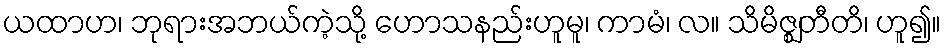
ယထာဟ၊ ဘုရားအဘယ်ကဲ့သို့ ဟောသနည်းဟူမူ၊ ကာမံ၊ လ။ သိမိဇ္ဈတီတိ၊ ဟူ၍။